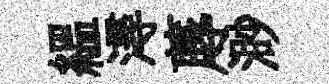
緼潯蓐渺